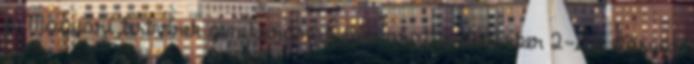
a Magyari testvérek zenekarának élén aratta december 2-án először